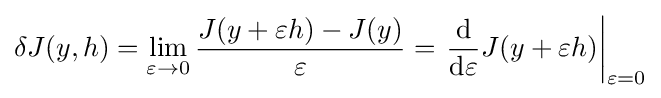
\delta J(y,h)=\lim _{\varepsilon \to 0}{\frac {J(y+\varepsilon h)-J(y)}{\varepsilon }}=\left.{\frac {\mathrm {d} }{\mathrm {d} \varepsilon }}J(y+\varepsilon h)\right|_{\varepsilon =0}